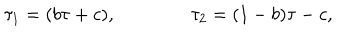
\tau _ { 1 } = ( b \tau + c ) , \qquad \qquad \tau _ { 2 } = ( 1 - b ) \tau - c ,